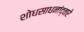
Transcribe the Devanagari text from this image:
शोधसाधनांद्वारे